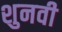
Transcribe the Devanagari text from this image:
शुनवी